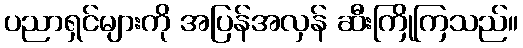
ပညာရှင်များကို အပြန်အလှန် ဆီးကြိုကြသည်။